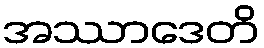
အဿာဒေတိ